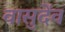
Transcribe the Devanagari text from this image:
वासुदेंव